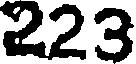
223